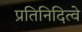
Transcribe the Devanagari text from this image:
प्रतिनिदित्वे